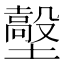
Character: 𡒼